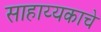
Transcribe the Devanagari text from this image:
साहाय्यकाचे